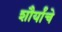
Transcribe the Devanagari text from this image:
शौर्यांचे